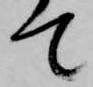
て